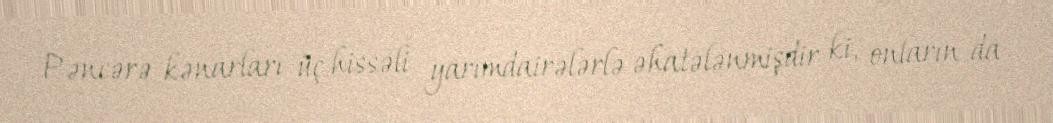
Pəncərə kənarları üç hissəli yarımdairələrlə əhatələnmişdir ki, onların da